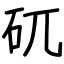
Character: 矹